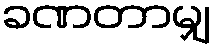
ခဏတာမျှ